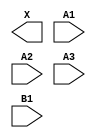
module sky130_fd_sc_hd__a31o (
    X ,
    A1,
    A2,
    A3,
    B1
);

    output X ;
    input  A1;
    input  A2;
    input  A3;
    input  B1;

    // Voltage supply signals
    supply1 VPWR;
    supply0 VGND;
    supply1 VPB ;
    supply0 VNB ;

endmodule